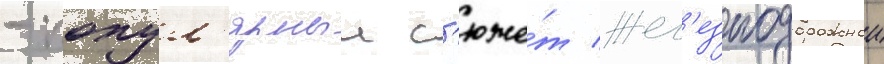
- попул'ярныи с'юже́т жел'езнодорожнои